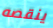
ينقصه